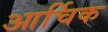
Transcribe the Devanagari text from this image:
आर्चिक